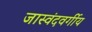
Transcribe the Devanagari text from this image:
जास्वंदवर्गीय